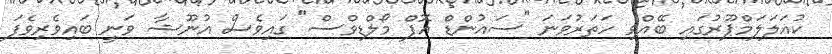
ކުއަލަލަމްޕޫރުގައި ބޭއްވި ހަތަރުވަނަ "ސައުންޑް އޮފް މޯލްޑިވްސް" ގައިވެސް އުނޫޝާ ވަނީ ބައިވެރިވެފަ